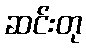
ဆင်းတု